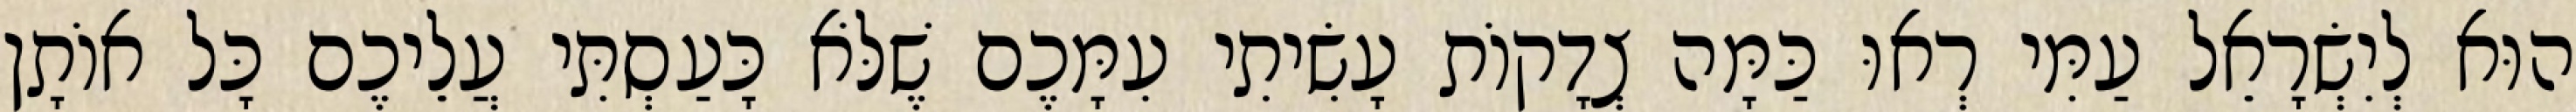
הוּא לְיִשְׂרָאֵל עַמִּי רְאוּ כַּמָּה צְדָקוֹת עָשִׂיתִי עִמָּכֶם שֶׁלֹּא כָּעַסְתִּי עֲלֵיכֶם כָּל אוֹתָן